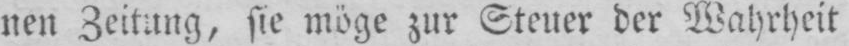
nen Zeitung, sie möge zur Steuer der Wahrheit